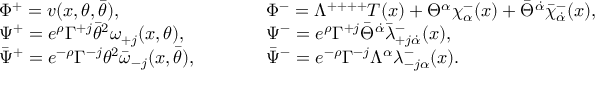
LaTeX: \begin{array} { l c c c l } { { \Phi ^ { + } = v ( x , \theta , \bar { \theta } ) , } } & { { } } & { { } } & { { } } & { { \Phi ^ { - } = \Lambda ^ { + + + + } T ( x ) + \Theta ^ { \alpha } \chi _ { \alpha } ^ { - } ( x ) + \bar { \Theta } ^ { \dot { \alpha } } \bar { \chi } _ { \dot { \alpha } } ^ { - } ( x ) , \nonumber } } \\ { { \Psi ^ { + } = e ^ { \rho } \Gamma ^ { + j } \bar { \theta } ^ { 2 } \omega _ { + j } ( x , \theta ) , } } & { { } } & { { } } & { { } } & { { \Psi ^ { - } = e ^ { \rho } \Gamma ^ { + j } \bar { \Theta } ^ { \dot { \alpha } } \bar { \lambda } _ { + j \dot { \alpha } } ^ { - } ( x ) , \nonumber } } \\ { { \bar { \Psi } ^ { + } = e ^ { - \rho } \Gamma ^ { - j } \theta ^ { 2 } \bar { \omega } _ { - j } ( x , \bar { \theta } ) , } } & { { } } & { { } } & { { } } & { { \bar { \Psi } ^ { - } = e ^ { - \rho } \Gamma ^ { - j } \Lambda ^ { \alpha } \lambda _ { - j \alpha } ^ { - } ( x ) . } } \end{array}